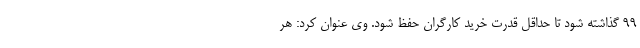
99 گذاشته شود تا حداقل قدرت خرید کارگران حفظ شود. وی عنوان کرد: هر